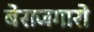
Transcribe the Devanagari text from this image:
बेराजगारो